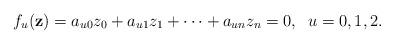
LaTeX: \begin{align*} f_u({\bf{z}})=a_{u0}z_0 + a_{u1}z_{1} + \cdots + a_{un}z_n=0, \; \; u=0,1,2. \end{align*}